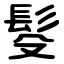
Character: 䯴